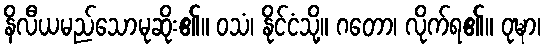
နိလီယမည်သောမုဆိုး၏။ ဝသံ၊ နိုင်ငံသို့။ ဂတော၊ လိုက်ရ၏။ ဝုဍ္ဎာ၊